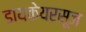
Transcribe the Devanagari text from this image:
डायकेयरसूज